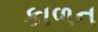
કાળન